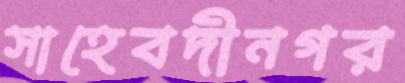
সাহেবদীনগর